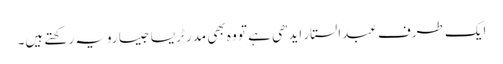
ایک طرف عبدالستار ایدھی ہے تو وہ بھی مدر ٹریسا جیسا رویہ رکھتے ہیں۔